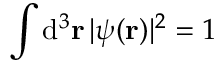
\int \mathrm { d } ^ { 3 } \mathbf { r } \, | \psi ( \mathbf { r } ) | ^ { 2 } = 1